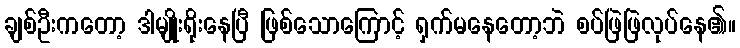
ချစ်ဦးကတော့ ဒါမျိုးရိုးနေပြီ ဖြစ်သောကြောင့် ရှက်မနေတော့ဘဲ စပ်ဖြဲဖြဲလုပ်နေ၏။